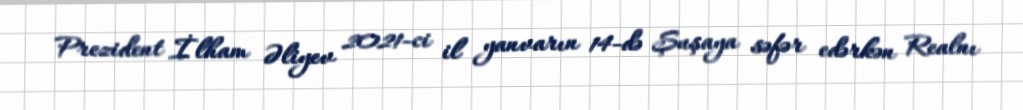
Prezident İlham Əliyev 2021-ci il yanvarın 14-də Şuşaya səfər edərkən Realnı